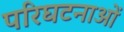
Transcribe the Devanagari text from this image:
परिघटनाओंं